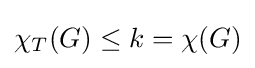
\chi _{T}(G)\leq k=\chi (G)